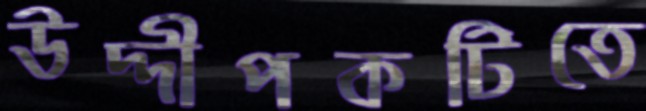
উদ্দীপকটিতে